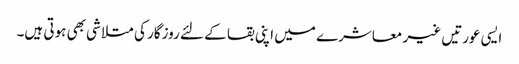
ایسی عورتیں غیر معاشرے میں اپنی بقا کے لئے روزگار کی متلاشی بھی ہوتی ہیں۔